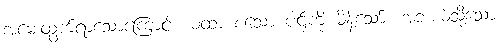
အမေးထွက်ရာသောကြောင့် ယထာ စသော ပါဌ်ကို မိန့်သော်။ အဘယ်သို့သော